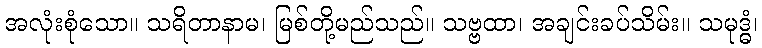
အလုံးစုံသော။ သရိတာနာမ၊ မြစ်တို့မည်သည်။ သဗ္ဗထာ၊ အချင်းခပ်သိမ်း။ သမုဒ္ဓံ၊